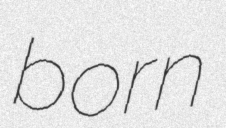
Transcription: born